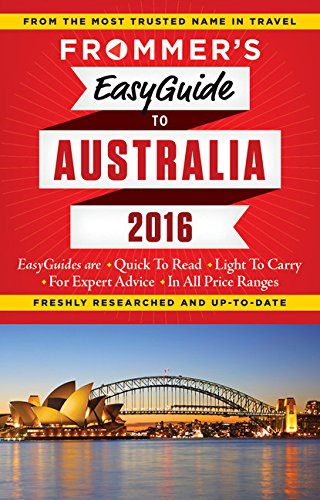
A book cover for Frommer's EasyGuide to Australia 2016 (Easy Guides); Lee Mylne; Travel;